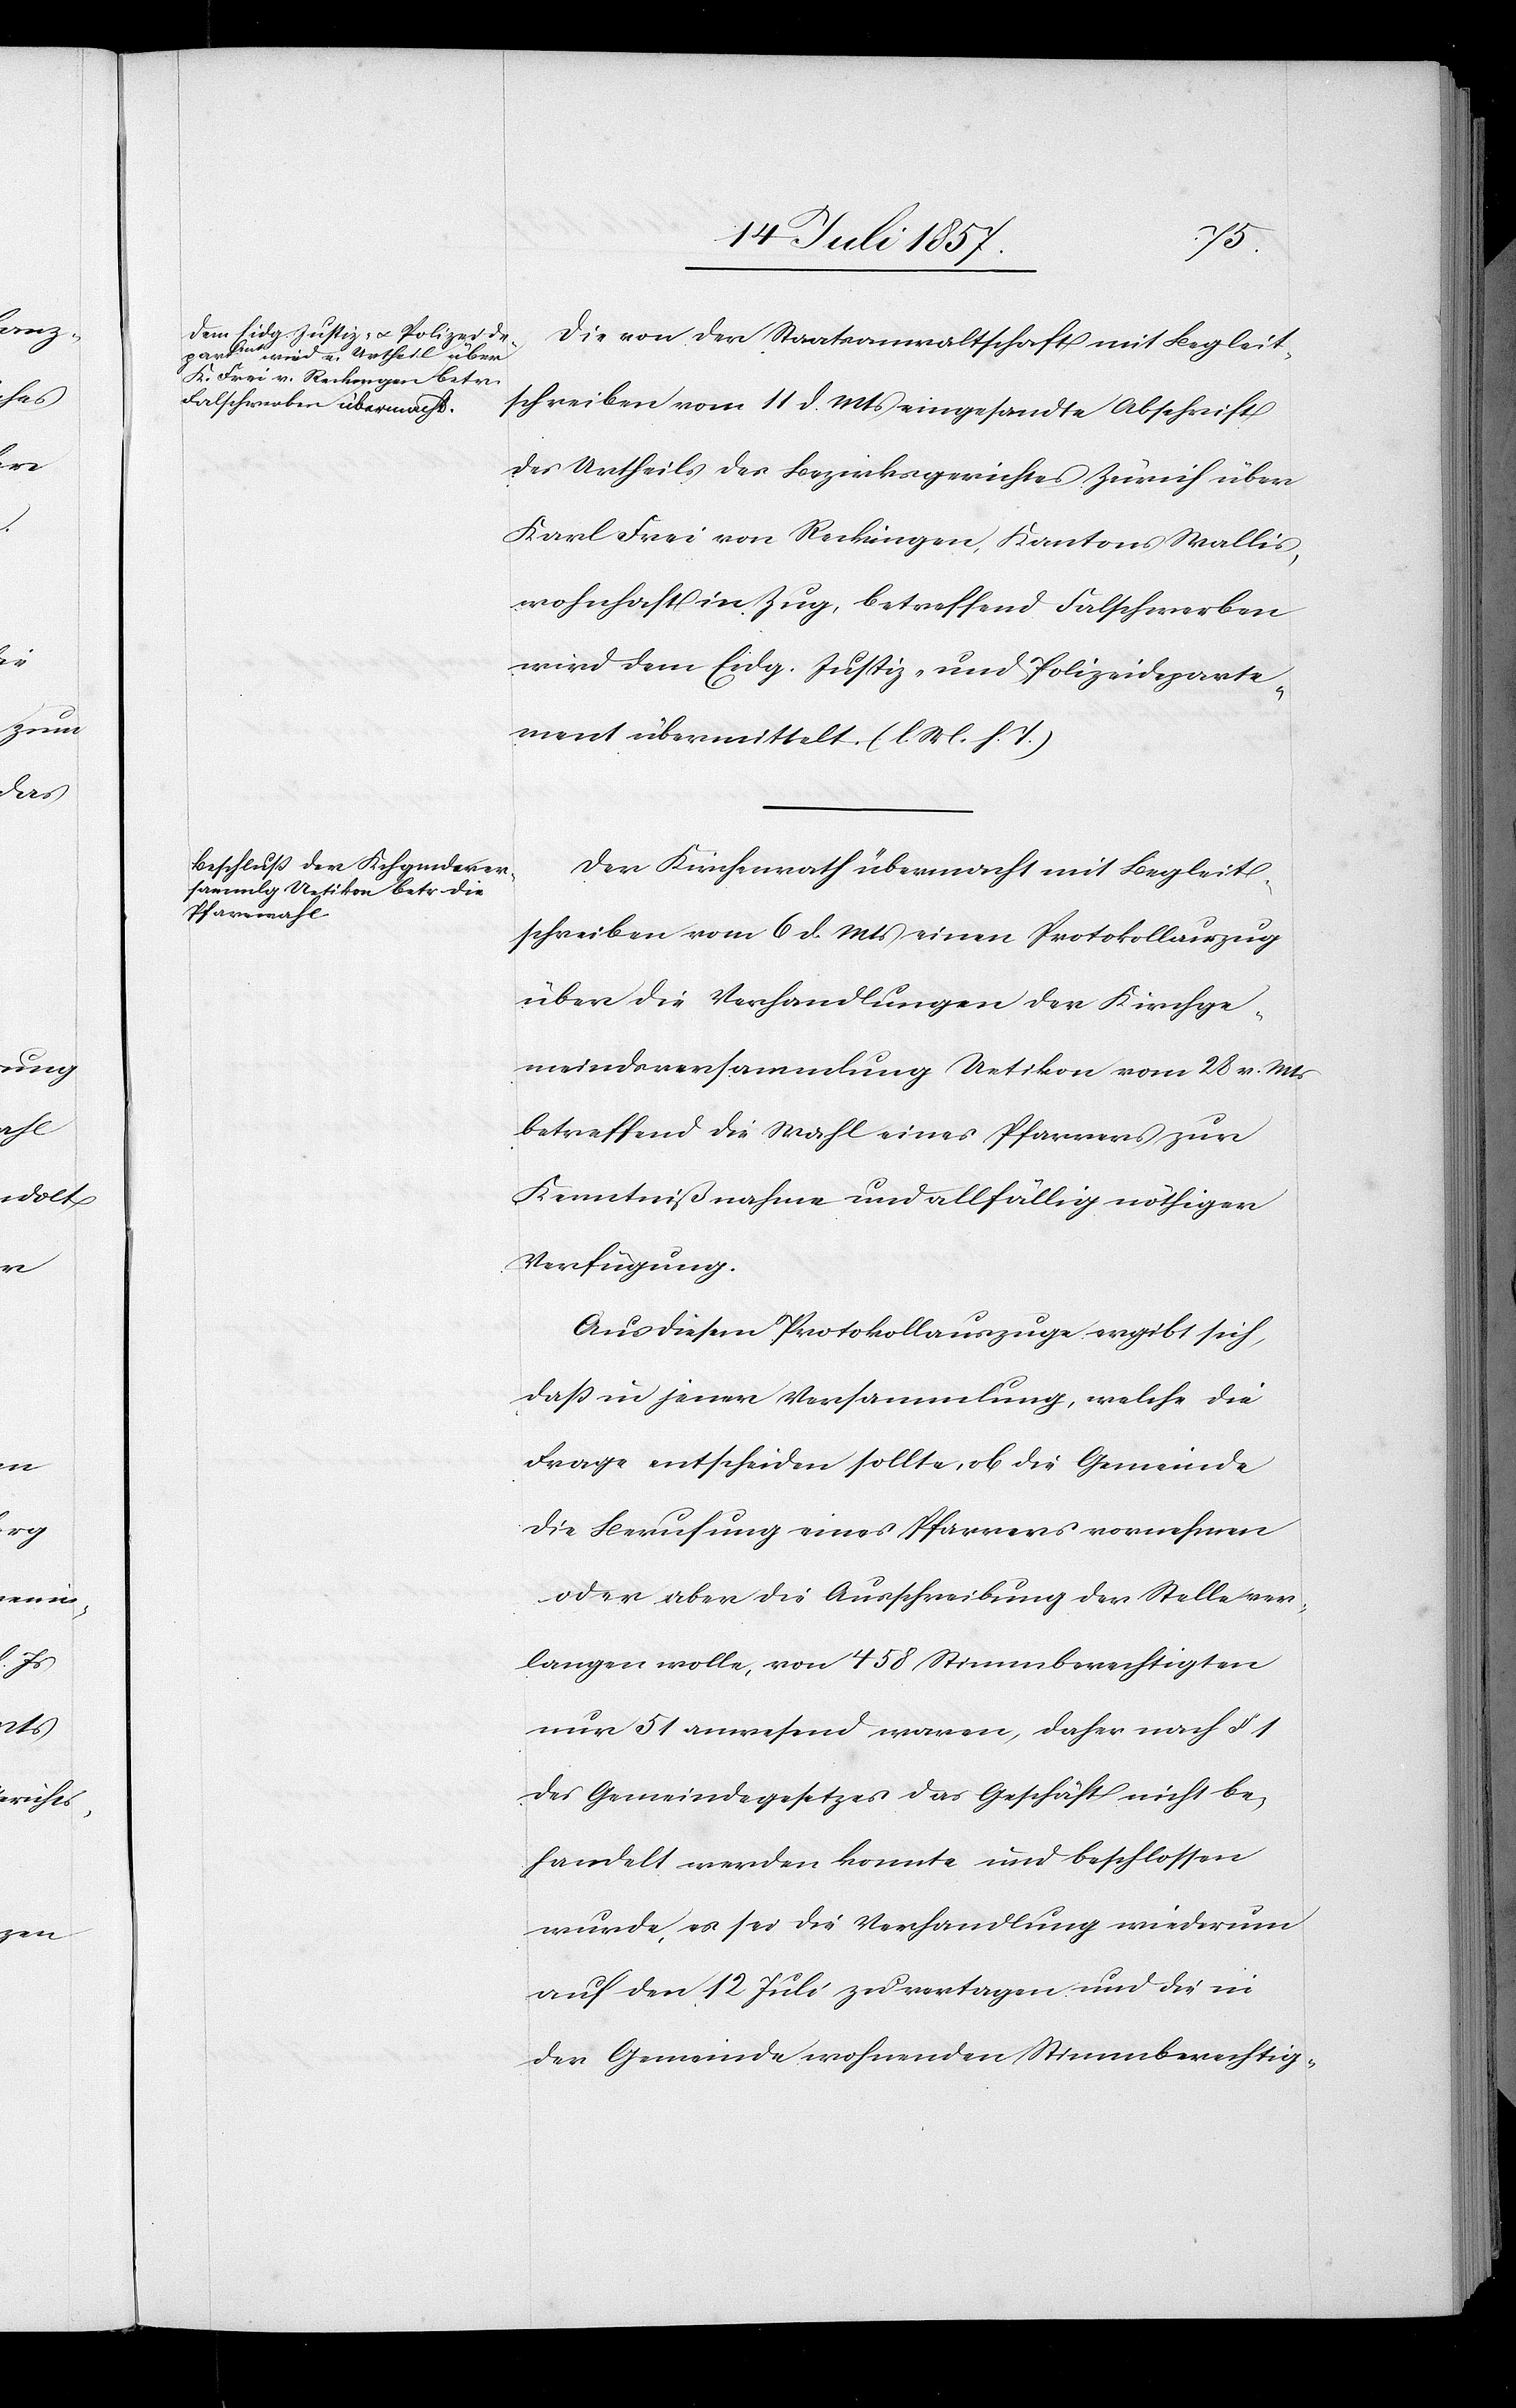
Die von der Staatsanwaltschaft mit Begleit¬
schreiben vom 11 d. Mts. eingesandte Abschrift
des Urtheils des Bezirksgerichtes Zürich über
Karl Frei von Recklingen, Kantons Wallis,
wohnhaft in Zug, betreffend Falschwerben
wird dem Eidg. Justiz- und Polizeideparte¬
ment übermittelt. [l. M. h. T]
Der Kirchenrath übermacht mit Begleit¬
schreiben vom 6 d. Mts. einen Protokollauszug
über die Verhandlungen der Kirchge¬
meindsversammlung Uetikon vom 28 v. Mts.
betreffend die Wahl eines Pfarrers zur
Kenntnißnahme und allfällig nöthigen
Verfügung.
Aus diesen Protokollen ergibt sich,
daß in jener Versammlung, welche die
Frage entscheiden sollte, ob die Gemeinde
die Berufung eines Pfarrers vornehmen
oder aber die Ausschreibung der Stelle ver¬
langen wolle, von 458 Stimmberechtigten
nur 51 anwesend waren, daher nach § 1
des Gemeindegesetzes das Geschäft nicht be¬
handelt werden konnte und beschlossen
wurde, es sei die Verhandlung wiederum
auf den 12 Juli zu vertagen und die in
der Gemeinde wohnenden Stimmberechtig-